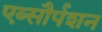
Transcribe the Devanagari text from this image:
एब्सौर्पशन